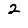
Digit: 2